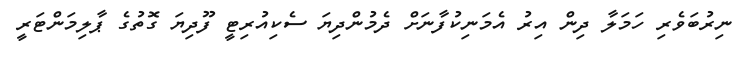
ނިރުބަވެރި ހަމަލާ ދިން އިރު އެމަނިކުފާނަށް ދެމުންދިޔަ ސެކިއުރިޓީ ފޫދިޔަ ގޮތުގެ ޕާލިމަންޓަރީ